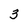
Character: 3